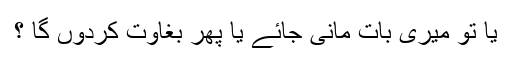
یا تو میری بات مانی جائے یا پھر بغاوت کردوں گا ؟